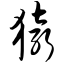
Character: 猿